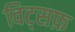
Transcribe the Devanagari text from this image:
विट्सफ़